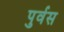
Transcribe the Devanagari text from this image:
पुर्वस